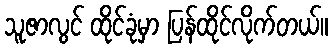
သူဇာလွင် ထိုင်ခုံမှာ ပြန်ထိုင်လိုက်တယ်။